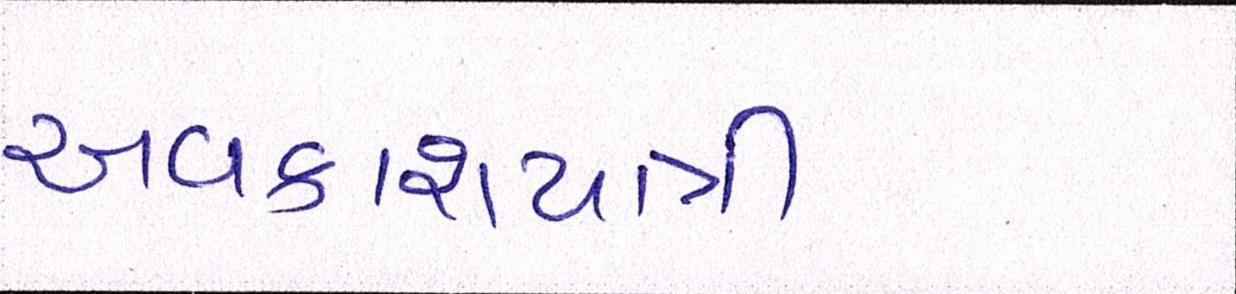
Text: અવકાશયાત્રી